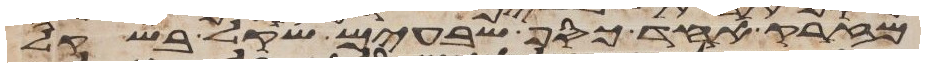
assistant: מזרק אחד כסף שבעים שקל בשקל